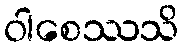
ဝါစေဿသိ